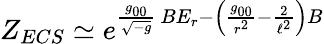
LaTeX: Z_{ECS}\simeq e^{\frac{g_{00}}{\sqrt{-g}}\ BE_{r}-\left(\frac{g_{00}}{r^{2}}-\frac{2}{\ell^{2}}\right)B}